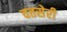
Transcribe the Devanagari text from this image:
वतसेरी